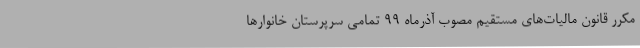
مکرر قانون مالیات‌های مستقیم مصوب آذرماه ۹۹ تمامی سرپرستان خانوار‌ها